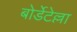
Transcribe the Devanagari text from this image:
बोर्डेटेल्ला